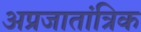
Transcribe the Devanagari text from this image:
अप्रजातांत्रिक